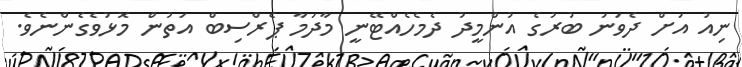
ނިއު އަށް ދެވަނަ ބުރުގެ އުންމީދު ދެމެހެއްޓޭނީ މާދަމާ ޕެރްސިބް އަތުން މޮޅުވެެގެންނެވެ.